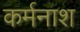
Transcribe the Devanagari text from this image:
कर्मनाश